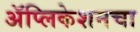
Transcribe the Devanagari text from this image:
अॅप्लिकेशनचा